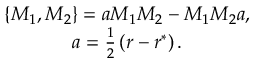
\begin{array} { c } { { \left\{ M _ { 1 } , M _ { 2 } \right\} = a M _ { 1 } M _ { 2 } - M _ { 1 } M _ { 2 } a , } } \\ { { a = \frac 1 2 \left( r - r ^ { * } \right) . } } \end{array}